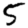
Digit: 5